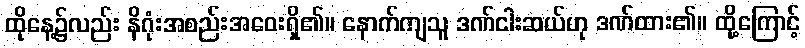
ထိုနေ့၌လည်း နိဂုံးအစည်းအဝေးရှိ၏။ နောက်ကျသူ ဒဏ်ငါးဆယ်ဟု ဒဏ်ထား၏။ ထို့ကြောင့်